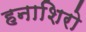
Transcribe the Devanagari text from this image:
हनाशिरो